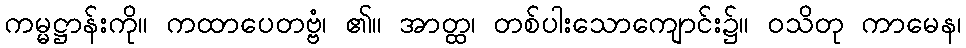
ကမ္မဋ္ဌာန်းကို။ ကထာပေတဗ္ဗံ၊ ၏။ အာတ္ထ၊ တစ်ပါးသောကျောင်း၌။ ဝသိတု ကာမေန၊